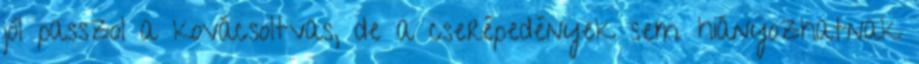
jól passzol a kovácsoltvas, de a cserépedények sem hiányozhatnak